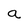
Character: a